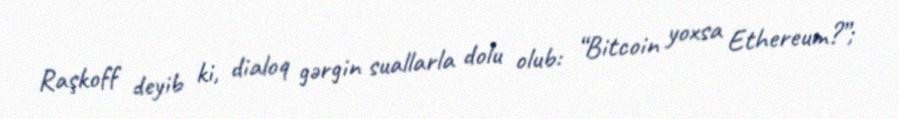
Raşkoff deyib ki, dialoq gərgin suallarla dolu olub: “Bitcoin yoxsa Ethereum?”;